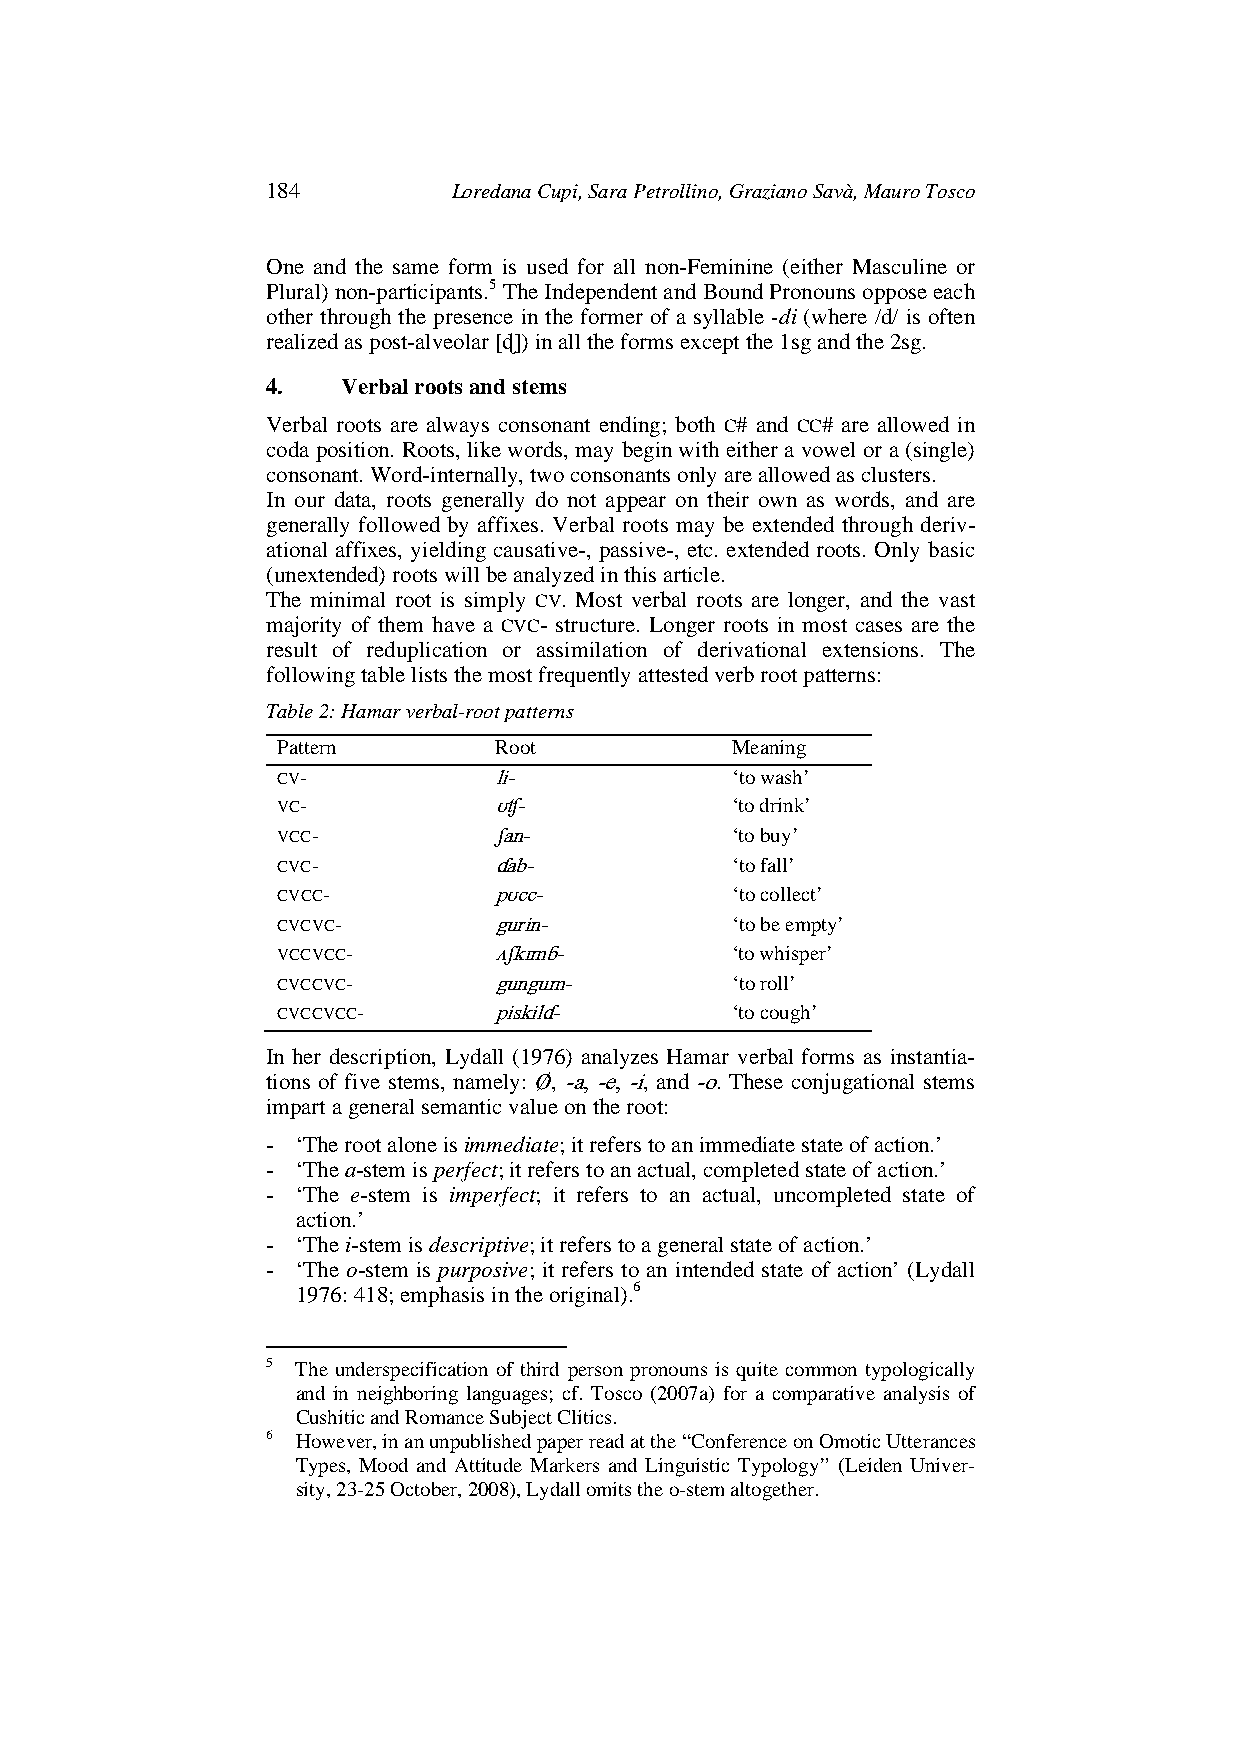
184         Loredana Cupi, Sara Petrollino, Graziano Savà, Mauro Tosco
 One and the same form is used for all non-Feminine (either Masculine or
 Plural) non-participants.5 The Independent and Bound Pronouns oppose each
 other through the presence in the former of a syllable -di (where /d/ is often
 realized as post-alveolar [ɖ]) in all the forms except the 1sg and the 2sg.
 4.   Verbal roots and stems
 Verbal roots are always consonant ending; both C# and CC# are allowed in
 coda position. Roots, like words, may begin with either a vowel or a (single)
 consonant. Word-internally, two consonants only are allowed as clusters.
 In our data, roots generally do not appear on their own as words, and are
 generally followed by affixes. Verbal roots may be extended through deriv-
 ational affixes, yielding causative-, passive-, etc. extended roots. Only basic
 (unextended) roots will be analyzed in this article.
 The minimal root is simply CV. Most verbal roots are longer, and the vast
 majority of them have a CVC- structure. Longer roots in most cases are the
 result of reduplication or assimilation of derivational extensions. The
 following table lists the most frequently attested verb root patterns:
 Table 2: Hamar verbal-root patterns
 Pattern        Root           Meaning
 CV-            li-            ‘to wash’
 VC-            ʊʧ-            ‘to drink’
 VCC-           ʃan-           ‘to buy’
 CVC-           ɗab-           ‘to fall’
 CVCC-          pʊcc-          ‘to collect’
 CVCVC-         gurin-         ‘to be empty’
 VCCVCC-        ʌʃkɪmɓ-        ‘to whisper’
 CVCCVC-        gungum-        ‘to roll’
 CVCCVCC-       piskilɗ-       ‘to cough’
 In her description, Lydall (1976) analyzes Hamar verbal forms as instantia-
 tions of five stems, namely: Ø, -a, -e, -i, and -o. These conjugational stems
 impart a general semantic value on the root:
 - ‘The root alone is immediate; it refers to an immediate state of action.’
 - ‘The a-stem is perfect; it refers to an actual, completed state of action.’
 - ‘The e-stem is imperfect; it refers to an actual, uncompleted state of
 action.’
 - ‘The i-stem is descriptive; it refers to a general state of action.’
 - ‘The o-stem is purposive; it refers to an intended state of action’ (Lydall
 1976: 418; emphasis in the original).6
 5 The underspecification of third person pronouns is quite common typologically
 and in neighboring languages; cf. Tosco (2007a) for a comparative analysis of
 Cushitic and Romance Subject Clitics.
 6 However, in an unpublished paper read at the “Conference on Omotic Utterances
 Types, Mood and Attitude Markers and Linguistic Typology” (Leiden Univer-
 sity, 23-25 October, 2008), Lydall omits the o-stem altogether.